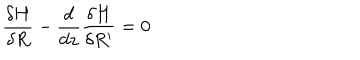
\frac { \delta H } { \delta R } - \frac { d } { d z } \frac { \delta H } { \delta R ^ { \prime } } = 0